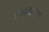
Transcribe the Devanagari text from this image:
रेनबोज़